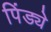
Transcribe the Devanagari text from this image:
पिंड्ये